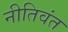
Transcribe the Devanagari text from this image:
नीतिवंत